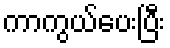
ကာကွယ်ပေးပြီး